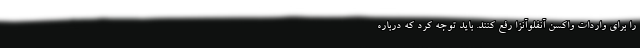
را برای واردات واکسن آنفلوآنزا رفع کنند. باید توجه کرد که درباره